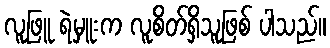
လူဖြူ ရဲမှူးက လူစိတ်ရှိသူဖြစ် ပါသည်။